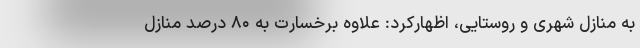
به منازل شهری و روستایی، اظهارکرد: علاوه برخسارت به ۸۰ درصد منازل